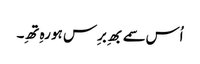
اُس سمے بھِ برِس ہو رہِ تھِ۔